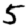
Digit: 5